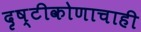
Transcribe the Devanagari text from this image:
दृष्टीकोणाचाही